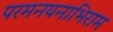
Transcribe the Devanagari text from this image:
परमनयनाभिराम